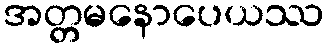
အတ္တမနောပေယဿ